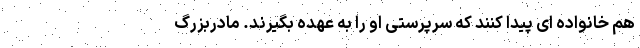
هم خانواده ای پیدا کنند که سرپرستی او را به عهده بگیرند. مادربزرگ